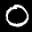
Label: 0